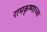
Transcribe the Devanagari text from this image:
रामकृष्णाच्या